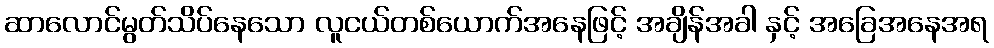
ဆာလောင်မွတ်သိပ်နေသော လူငယ်တစ်ယောက်အနေဖြင့် အချိန်အခါ နှင့် အခြေအနေအရ